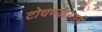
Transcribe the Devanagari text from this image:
टोचण्यासाठी